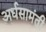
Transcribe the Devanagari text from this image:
अर्धसामंती